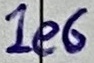
Text: 1e6